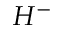
H ^ { - }